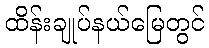
ထိန်းချုပ်နယ်မြေတွင်